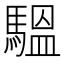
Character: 𩥈